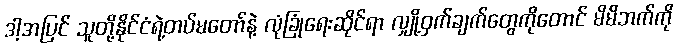
ဒါ့အပြင် သူတို့နိုင်ငံရဲ့တပ်မတော်နဲ့ လုံခြုံရေးဆိုင်ရာ လျှို့ဝှက်ချက်တွေကိုတောင် မိမိဘက်ကို